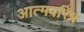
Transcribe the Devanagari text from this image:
आत्मवरित्र